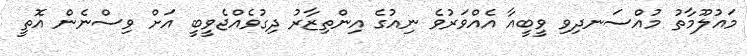
މައުލޫމާތު މުއްސަނދިވި ވީބީއާ އެއްވަރުވެ ނިއުގެ އިންތިޒާރު ދިގުވެއްޖެވީބީ އަށް ވިސްނެން އޮތީ